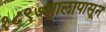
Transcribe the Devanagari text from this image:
१८९७सालापासून